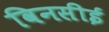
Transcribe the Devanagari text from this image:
विनसीई